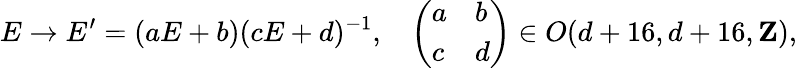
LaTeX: E\rightarrow E^{\prime}=(aE+b)(cE+d)^{-1},\ \ \ \left(\begin{array}{ll}{{a}}&{{b}}\\ {{c}}&{{d}}\end{array}\right)\in O(d+16,d+16,{\mathbf Z}),